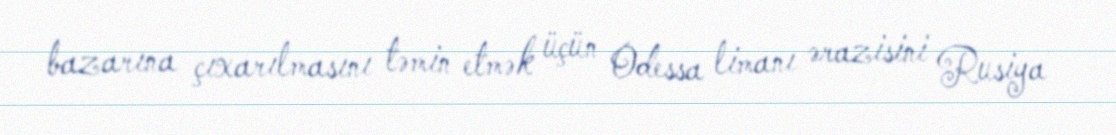
bazarına çıxarılmasını təmin etmək üçün Odessa limanı ərazisini Rusiya